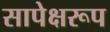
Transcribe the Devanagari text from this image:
सापेक्षरूप